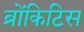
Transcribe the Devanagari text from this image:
ब्रोंकिटिस